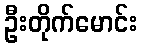
ဦးတိုက်မောင်း